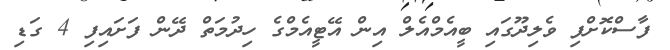
ފާސްކޮށްފި ވެލިދޫގައި ބީއެމްއެލް އިން އޭޓީއެމްގެ ހިދުމަތް ދޭން ފަށައިފި 4 ގަޑި